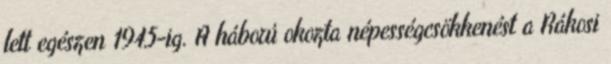
lett egészen 1945-ig. A háború okozta népességcsökkenést a Rákosi